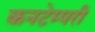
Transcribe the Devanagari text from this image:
कनटेम्परी